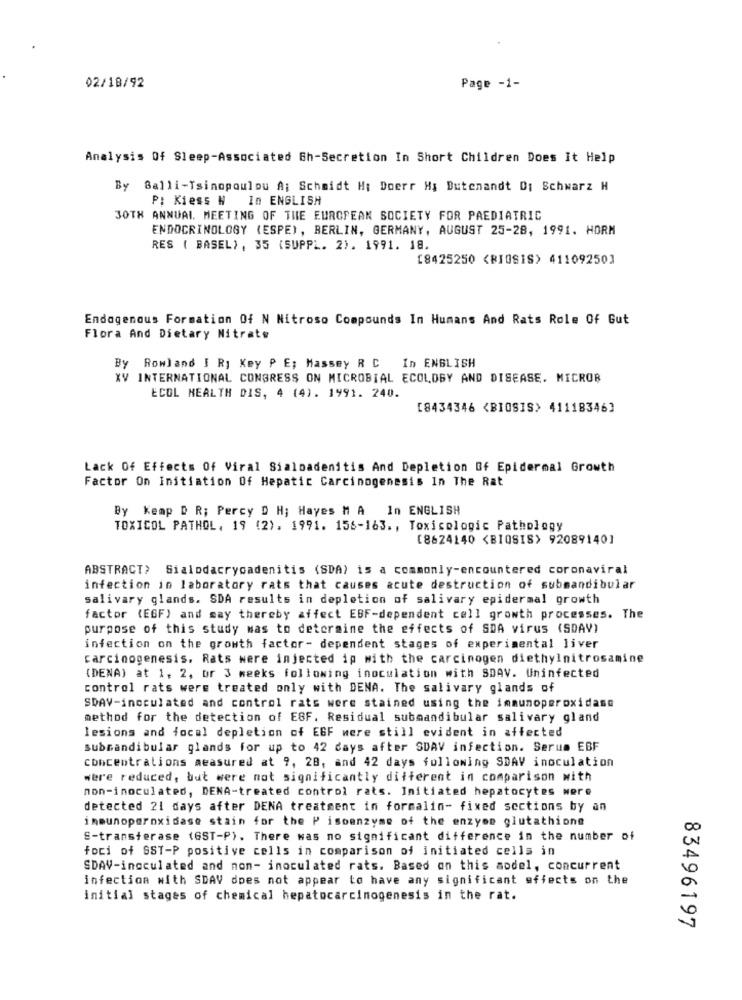
02/18/92
Page -1-
Analysis Of Sleep-Associated Gh-Secretion In Short Children Does It Help
By Balli-Tsinopoulou A; Schmidt H; Doerr Hy Dutenandt Di Schwarz H
P: Kiess N In ENGLISH
30TH ANNUAL MEETING OF THE EUROPEAN SOCIETY FOR PAEDIATRIC
ENDOCRINOLOGY (ESPE), BERLIN, GERMANY, AUGUST 25-28, 1991. HORM
RES ( BASEL) , 35 (SUPPL. 2). 1991. 18.
[8425250 <BIOSIS) 41109250]
Endogenous Formation Of N Nitroso Compounds In Humans And Rats Role Of Gut
Flora And Dietary Nitrate
By Rowland I Ry Key P E; Massey R C In ENGLISH
XV INTERNATIONAL CONGRESS ON MICROBIAL ECOLOGY AND DISEASE. MICROR
ECOL HEALTH DIS, 4 (4). 1991. 240.
[8434346 <BIOSIS> 41118346]
Lack Of Effects Of Viral Sialoadenitis And Depletion Of Epidermal Growth
Factor On Initiation Of Hepatic Carcinogenesis In The Rat
By Kemp D R; Percy D H; Hayes M A In ENGLISH
TOXICOL PATHOL, 19 (2). 1991. 156-163. , Toxicologic Pathology
[8624140 <BIOSIS> 92089140]
ABSTRACT> Sialodacryoadenitis (SDA) is a commonly-encountered coronaviral
infection in laboratory rats that causes acute destruction of submandibular
salivary glands. SDA results in depletion of salivary epidermal growth
factor (EGF) and say thereby affect EBF-dependent cell growth processes. The
purpose of this study was to determine the effects of SDA virus (SDAV)
infection on the growth factor- dependent stages of experimental liver
carcinogenesis. Rats were injected ip with the carcinogen diethylnitrosamine
(DENA) at 1, 2, or 3 weeks following inoculation with SDAV. Uninfected
control rats were treated only with DENA. The salivary glands of
SDAV-inoculated and control rats were stained using the immunoperoxidase
method for the detection of EBF. Residual submandibular salivary gland
lesions and focal depletion of EGF were still evident in affected
submandibular glands for up to 42 days after SDAV infection. Serum EBF
concentrations measured at 9, 28, and 42 days following SDAV inoculation
were reduced, but were not significantly different in comparison with
non-inoculated, DENA-treated control rats. Initiated hepatocytes were
detected 21 days after DENA treatment in formalin- fixed sections by an
immunoperoxidase stain for the P isoenzyme of the enzyme glutathione
E-transferase (GST-P). There was no significant difference in the number of
foci of SST-P positive cells in comparison of initiated cells in
SDAV-inoculated and non- inoculated rats. Based on this model, concurrent
infection with SDAV does not appear to have any significant effects on the
initial stages of chemical hepatocarcinogenesis in the rat.
83496197